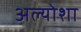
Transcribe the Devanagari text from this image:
अल्योशा